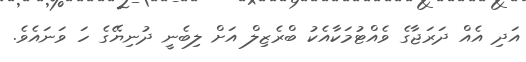
އަދި އެއް ދަރަޖާގެ ވެއްޓުމަކާއެކު ބްރެޒިލް އަށް ލިބެނީ ދުނިޔޭގެ ހަ ވަނައެވެ.